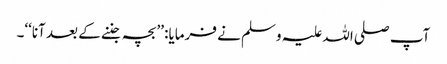
آپ صلی اللہ علیہ وسلم نے فرمایا: ’’بچہ جننے کے بعد آنا‘‘۔